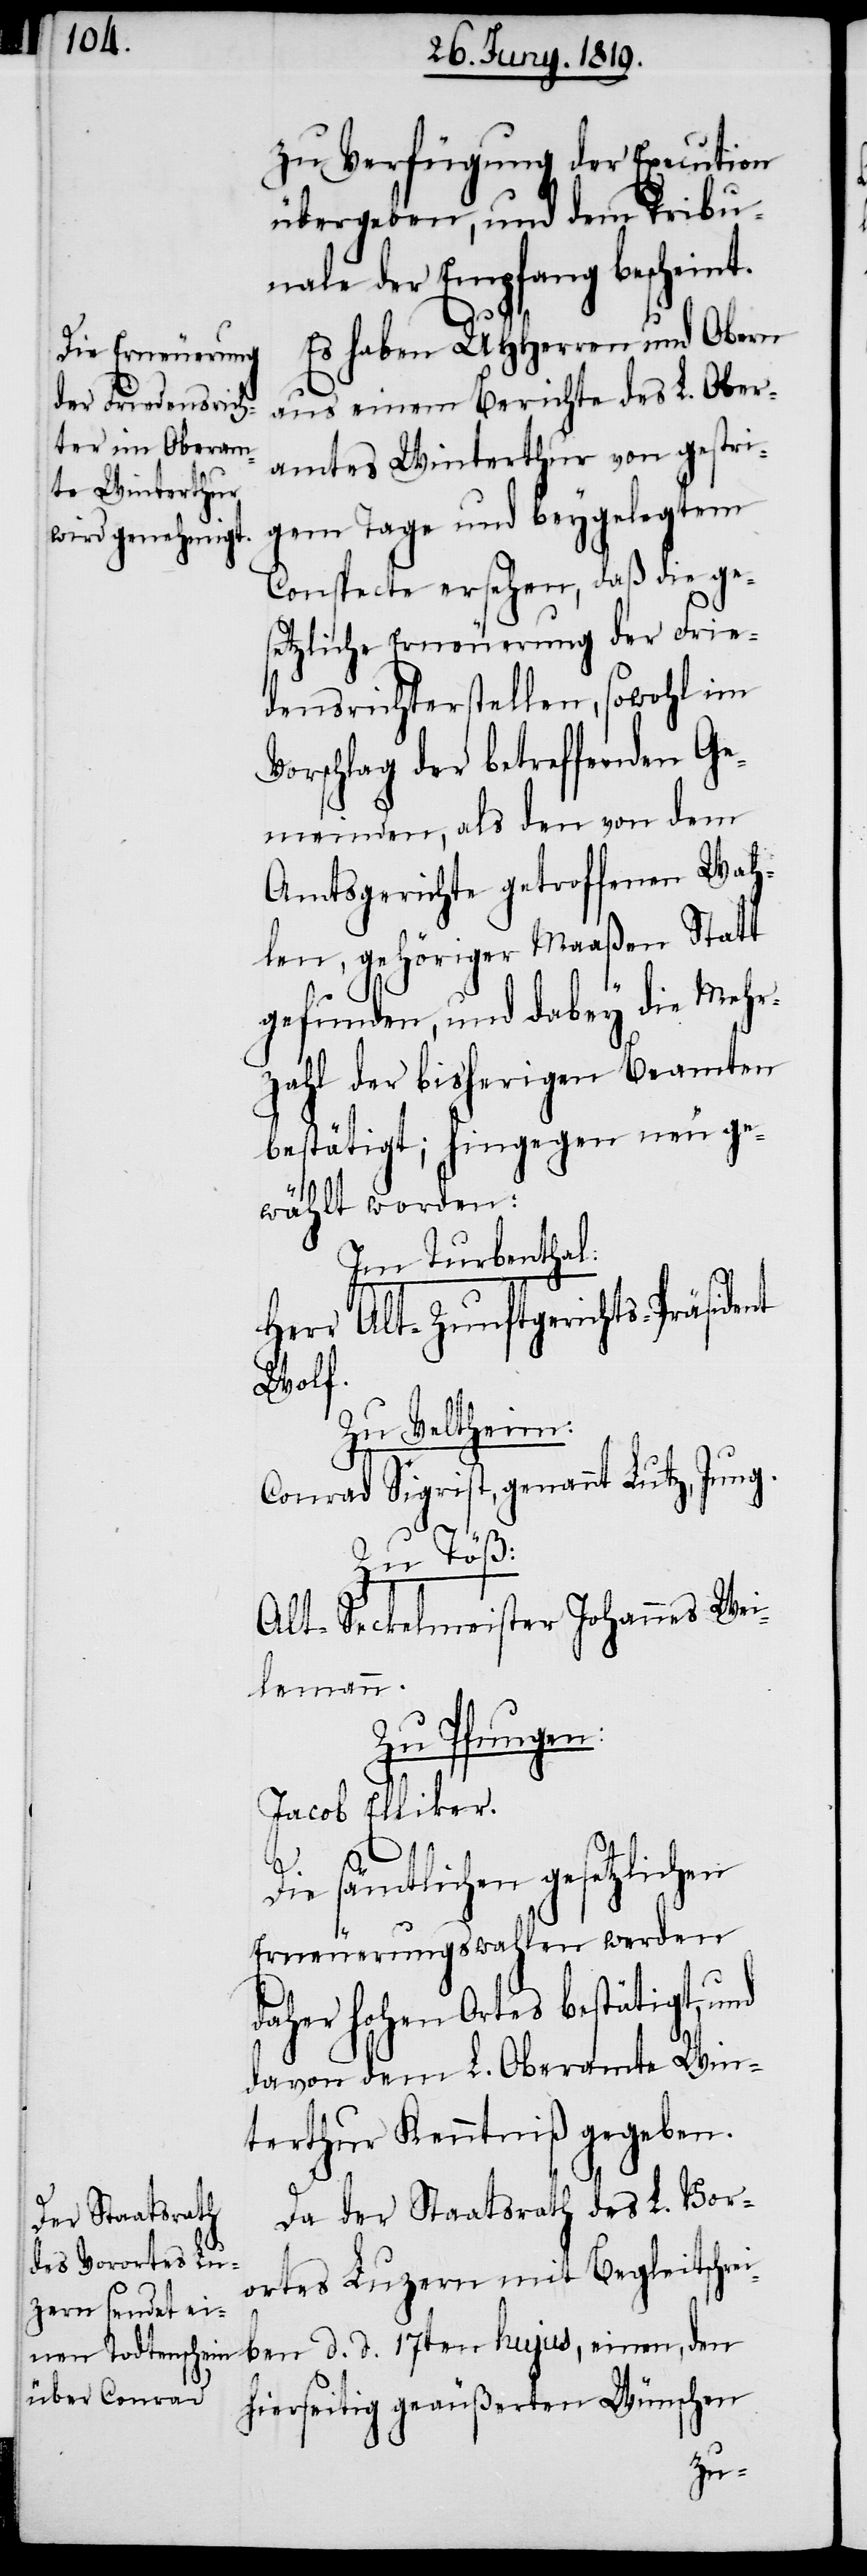
zu Verfügung der Execution
übergeben, und dem Tribu¬
nale der Empfang bescheint.
Es haben UHHerren und Obern
aus einem Berichte des L. Ober¬
amtes Winterthur von gestri¬
gem Tage und beygelegtem
Conspecte ersehen, daß die ge¬
setzliche Erneuerung der Frie¬
densrichterstellen, sowohl im
Vorschlag der betreffenden Ge¬
meinden, als den von dem
Amtsgerichte getroffenen Wah¬
len, gehöriger Maaßen Statt
gefunden, und dabey die Mehr¬
zahl der bisherigen Beamten
bestätigt; hingegen neu ge¬
wählt worden:
Im Turbenthal:
Herr Alt-Zunftgerichts-Präsident
Wolf.
Zu Veltheim:
Conrad Sigrist, genannt Lutz, Jung.
Zu Töß:
Alt-Seckelmeister Johannes Wei¬
lemann.
Zu Pfungen:
Jacob Elliker.
Die sämtlichen gesetzlichen
Erneuerungswahlen werden
daher hohen Ortes bestätigt, und
davon dem L. Oberamte Win¬
terthur Kenntniß gegeben.
Da der Staatsrath des L. Vor¬
ortes Luzern mit Begleitschrei¬
ben d. d. 17ten hujus , einen, den
hierseitig geäußerten Wünschen